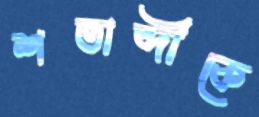
শতাব্দীকে